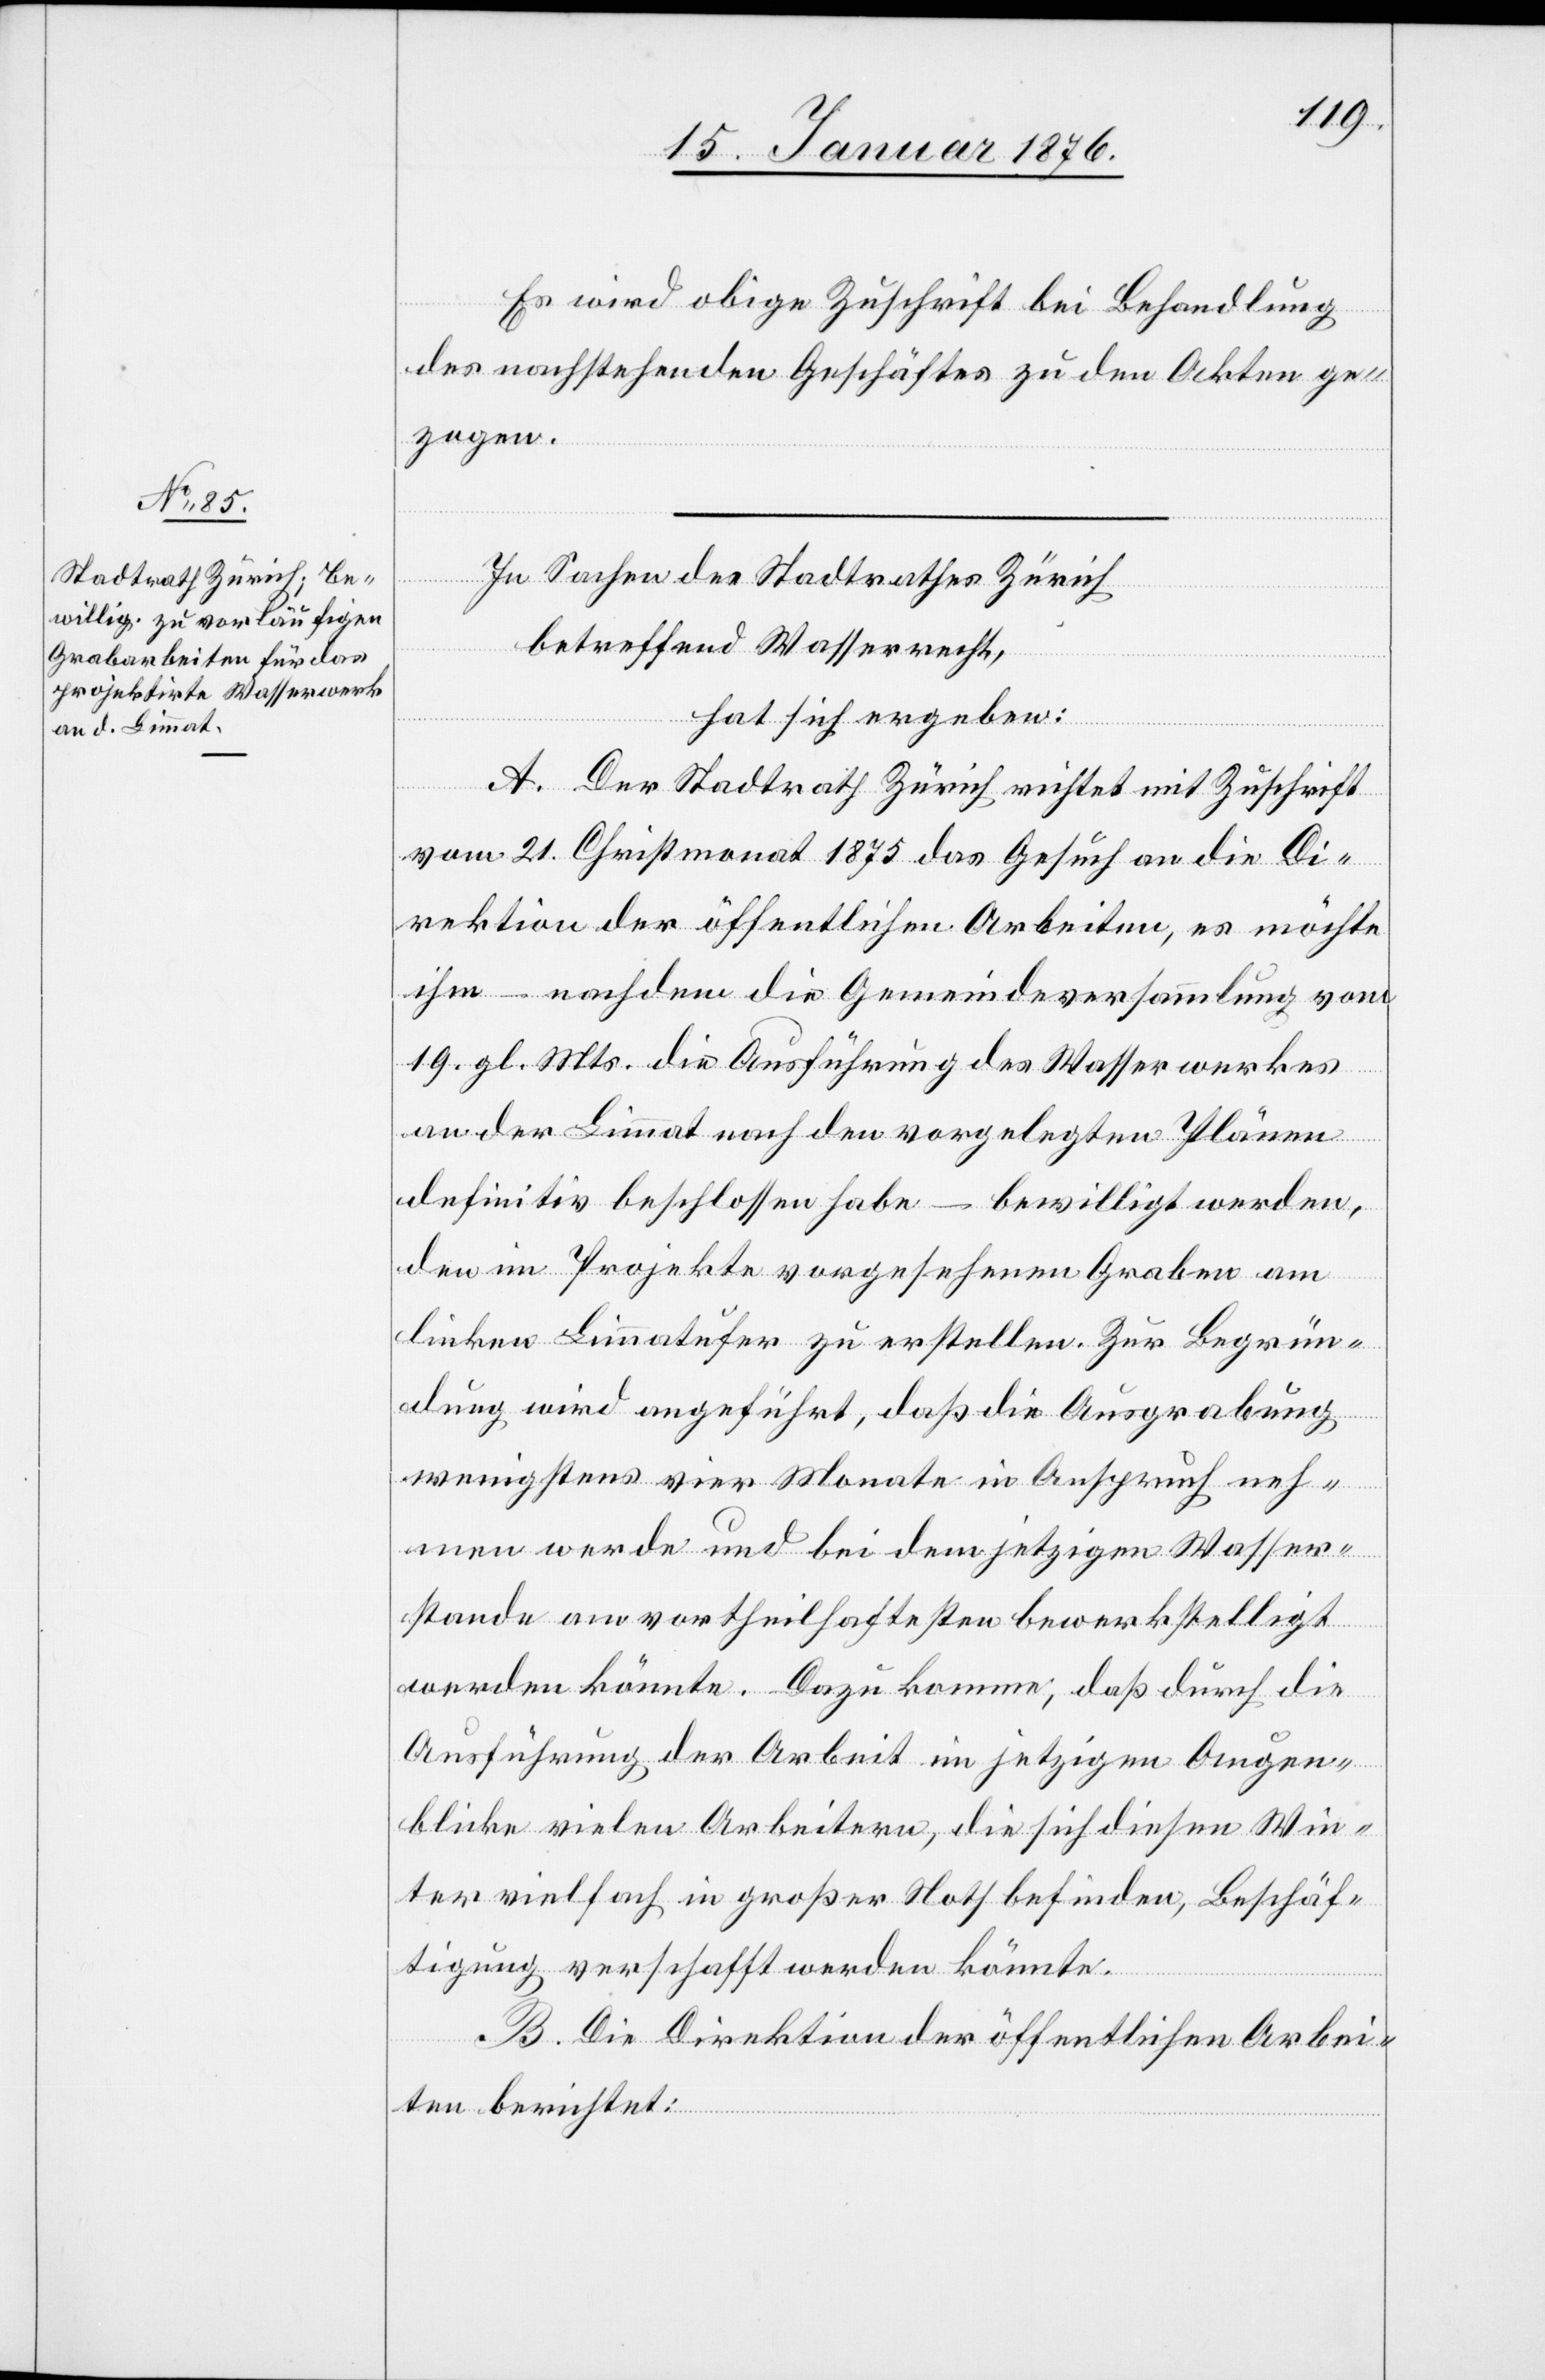
Es wird obige Zuschrift bei Behandlung
des nachstehenden Geschäftes zu den Akten ge¬
zogen.
In Sachen des Stadtrathes Zürich
betreffend Wasserrecht,
hat sich ergeben:
A. Der Stadtrath Zürich richtet mit Zuschrift
vom 21. Christmonat 1875 das Gesuch an die Di¬
rektion der öffentlichen Arbeiten, es möchte
ihm – nachdem die Gemeindeversammlung vom
19. gl. Mts. die Ausführung des Wasserwerkes
an der Limmat nach den vorgelegten Plänen
definitiv beschlossen habe – bewilligt werden,
den im Projekte vorgesehenen Graben am
linken Limmatufer zu erstellen. Zur Begrün¬
dung wird angeführt, daß die Ausgrabung
wenigstens vier Monate in Anspruch neh¬
men werde und bei dem jetzigen Wasser¬
stande am vortheilhaftesten bewerkstelligt
werden könnte. Dazu komme, daß durch die
Ausführung der Arbeit im jetzigen Augen¬
blicke vielen Arbeitern, die sich diesen Win¬
ter vielfach in großer Noth befinden, Beschäf¬
tigung verschafft werden könnte.
B. Die Direktion der öffentlichen Arbei¬
ten berichtet: